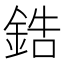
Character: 鋯